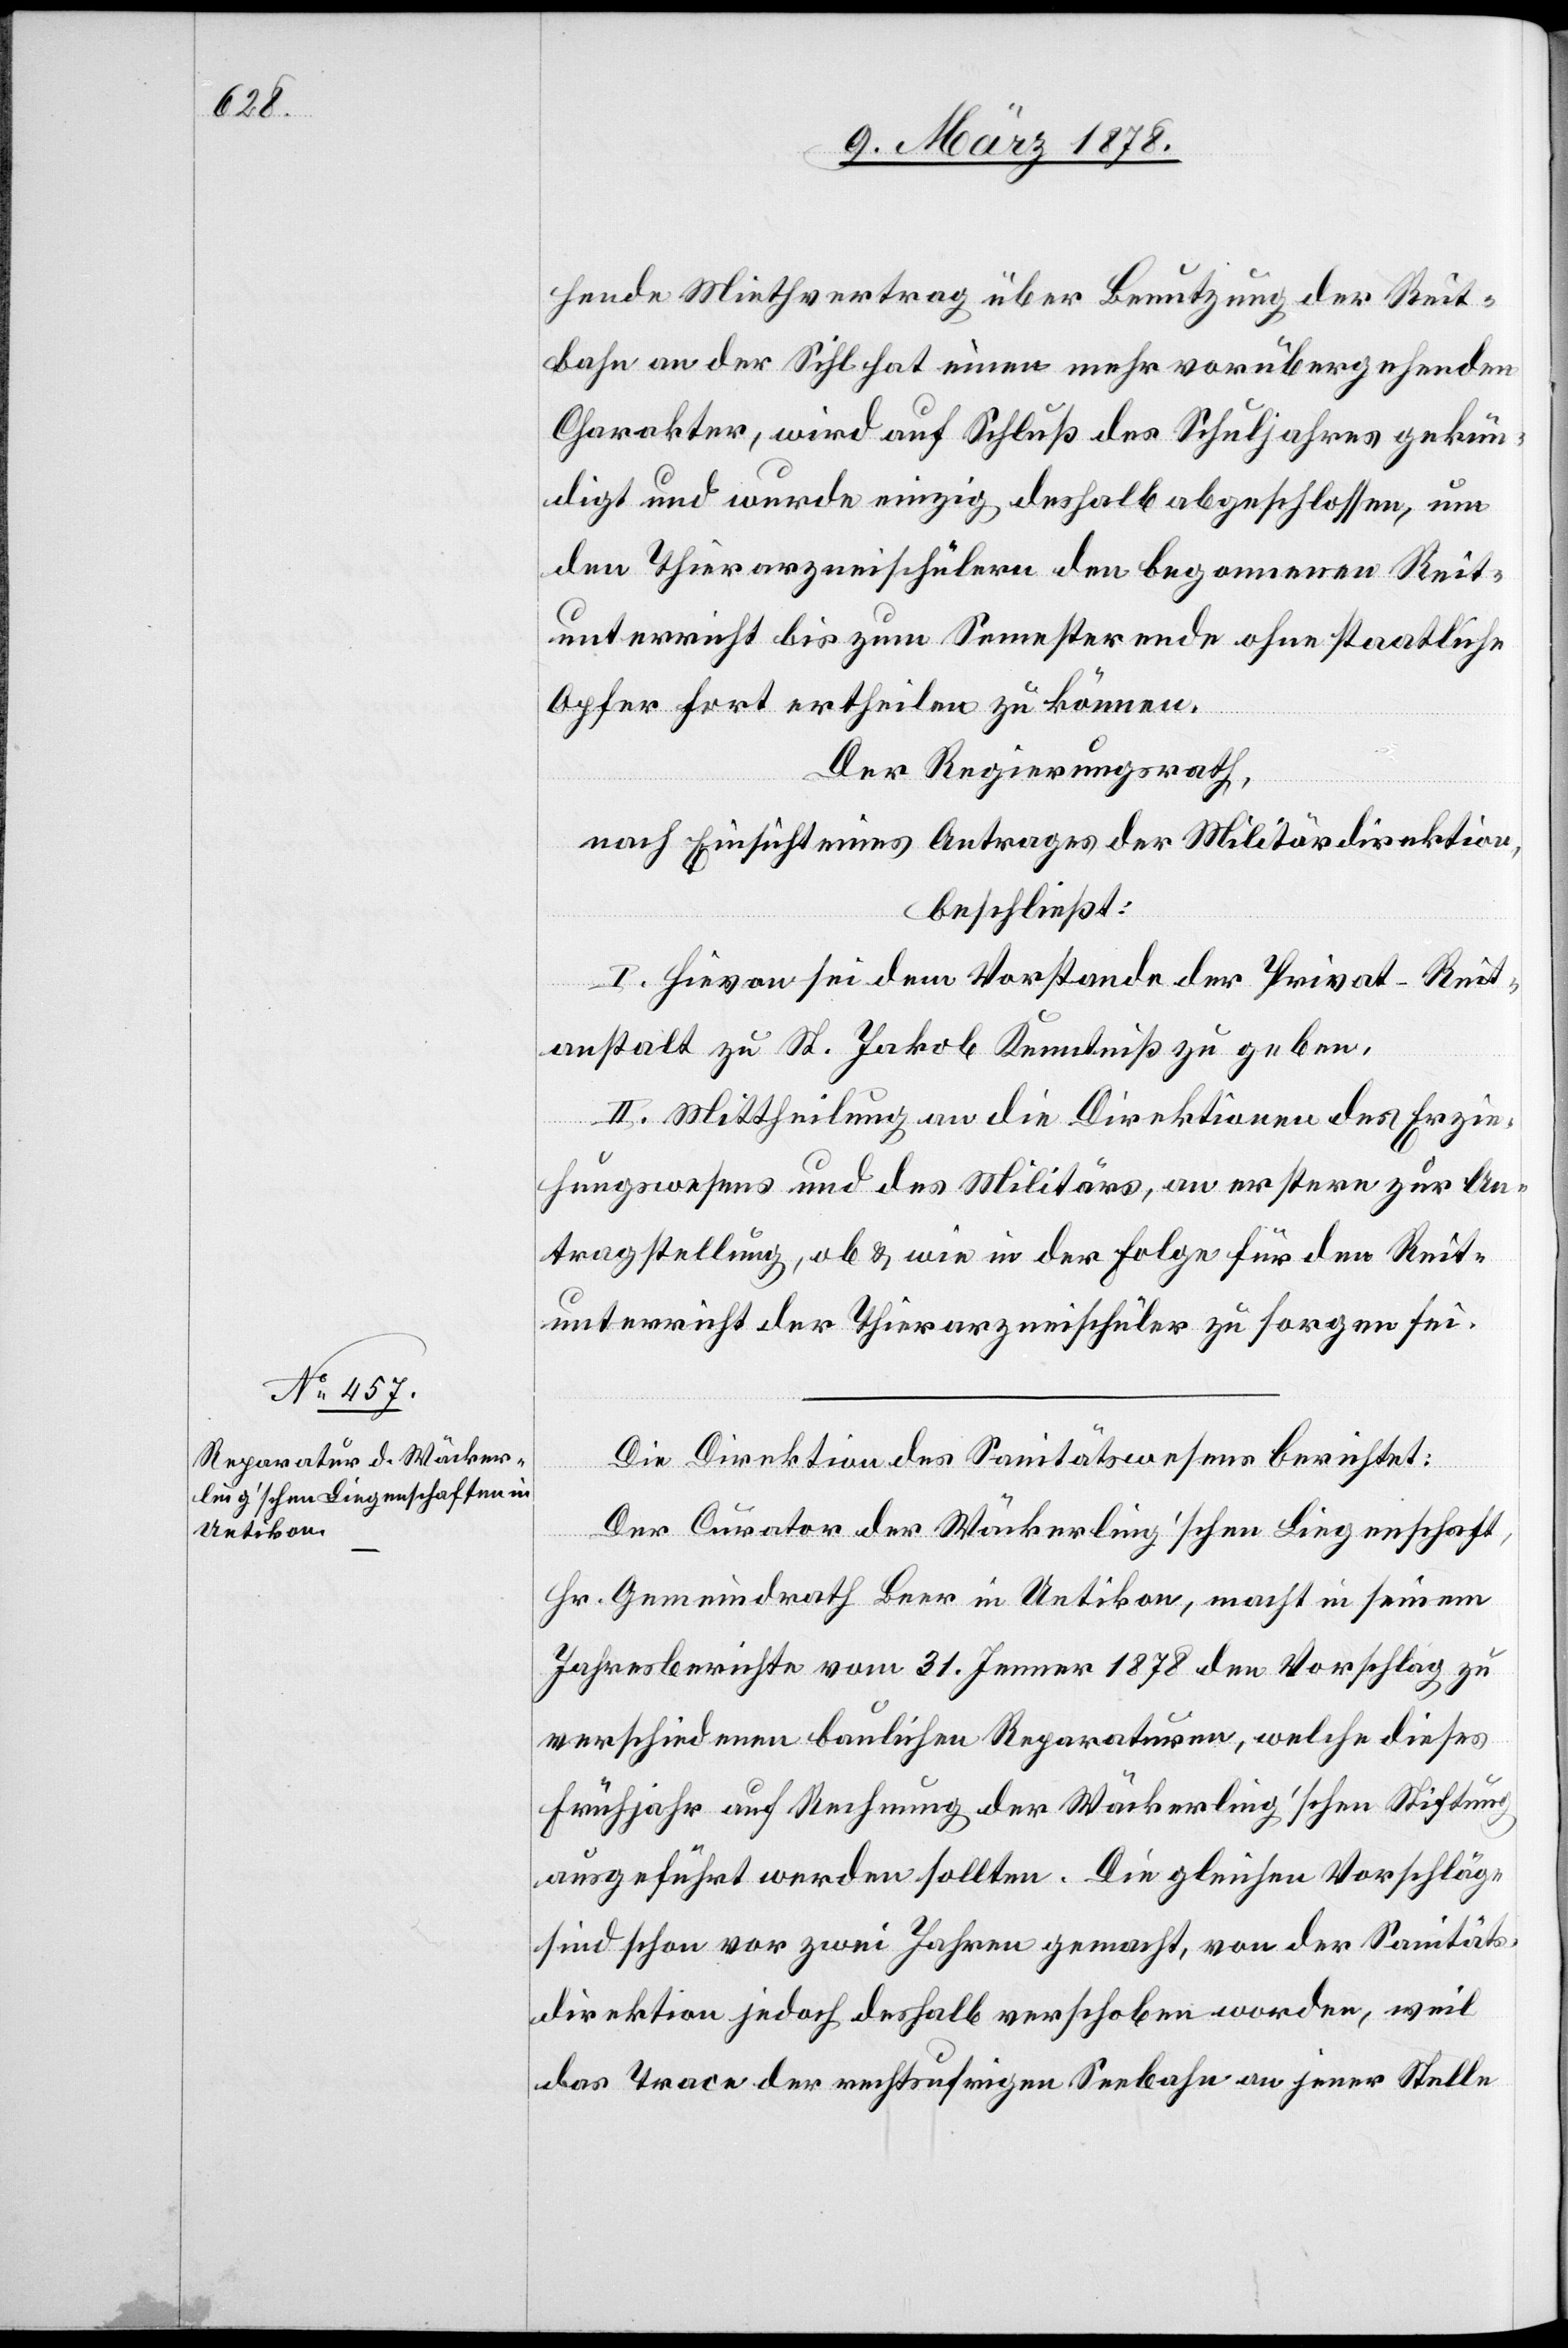
hende Miethvertrag über Benutzung der Reit¬
bahn an der Sihl hat einen mehr vorübergehenden
Charakter, wird auf Schluß des Schuljahres gekün¬
digt und wurde einzig deshalb abgeschlossen, um
den Thierarzneischülern den begonnenen Reit¬
unterricht bis zum Semesterende ohne staatliche
Opfer fort ertheilen zu können.
Der Regierungsrath,
nach Einsicht eines Antrages der Militärdirektion,
beschließt:
I. Hievon sei dem Vorstande der Privat-Reit¬
anstalt zu St. Jakob Kenntniß zu geben.
II. Mittheilung an die Direktionen des Erzie¬
hungswesens und des Militärs, an erstere zur An¬
tragstellung, ob & wie in der Folge für den Reit¬
unterricht der Thierarzneischüler zu sorgen sei.
Die Direktion des Sanitätswesens berichtet:
Der Curator der Wäckerling’schen Liegenschaft,
Hr. Gemeindrath Beer in Uetikon, macht in seinem
Jahresberichte vom 31. Jenner 1878 den Vorschlag zu
verschiedenen baulichen Reparaturen, welche dieses
Frühjahr auf Rechnung der Wäckerling’schen Stiftung
ausgeführt werden sollten. Die gleichen Vorschläge
sind schon vor zwei Jahren gemacht, von der Sanitäts¬
direktion jedoch deshalb verschoben worden, weil
das Trace der rechtsufrigen Seebahn an jener Stelle